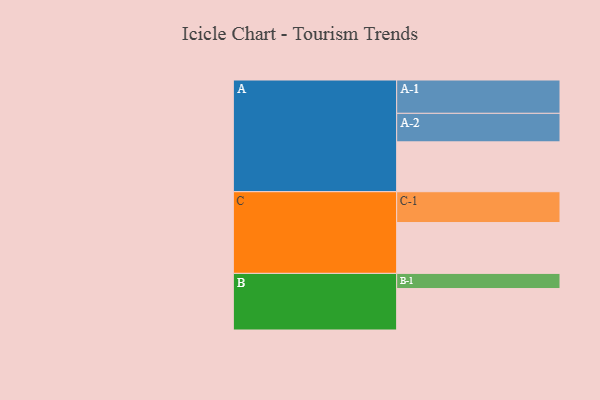
{"axis": {"x": "Segment", "y": "Value"}, "legend": ["", "A", "B", "C"], "data": [{"x": "A", "y": 362, "type": ""}, {"x": "B", "y": 301, "type": ""}, {"x": "C", "y": 369, "type": ""}, {"x": "A-1", "y": 242, "type": "A"}, {"x": "A-2", "y": 207, "type": "A"}, {"x": "B-1", "y": 110, "type": "B"}, {"x": "C-1", "y": 224, "type": "C"}]}